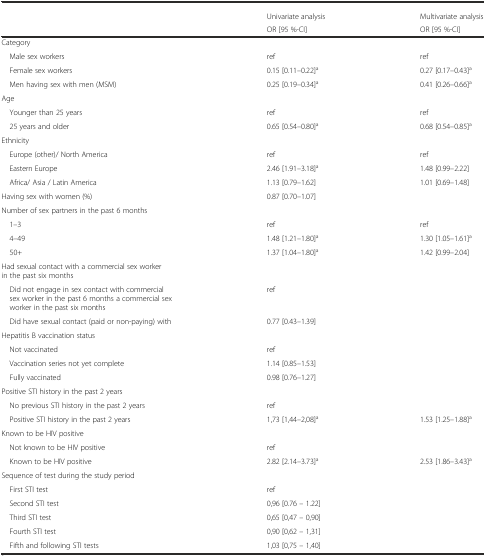
<table><thead><tr><td></td><td><b>Univariate analysis</b></td><td><b>Multivariate analysis</b></td></tr><tr><td></td><td><b>OR [95 %-CI]</b></td><td><b>OR [95 %-CI]</b></td></tr></thead><tbody><tr><td>Category</td><td></td><td></td></tr><tr><td> Male sex workers</td><td>ref</td><td>ref</td></tr><tr><td> Female sex workers</td><td>0.15 [0.11–0.22]<sup>a</sup></td><td>0.27 [0.17–0.43]<sup>a</sup></td></tr><tr><td> Men having sex with men (MSM)</td><td>0.25 [0.19–0.34]<sup>a</sup></td><td>0.41 [0.26–0.66]<sup>a</sup></td></tr><tr><td>Age</td><td></td><td></td></tr><tr><td> Younger than 25 years</td><td>ref</td><td>ref</td></tr><tr><td> 25 years and older</td><td>0.65 [0.54–0.80]<sup>a</sup></td><td>0.68 [0.54–0.85]<sup>a</sup></td></tr><tr><td>Ethnicity</td><td></td><td></td></tr><tr><td> Europe (other)/ North America</td><td>ref</td><td>ref</td></tr><tr><td> Eastern Europe</td><td>2.46 [1.91–3.18]<sup>a</sup></td><td>1.48 [0.99–2.22]</td></tr><tr><td> Africa/ Asia / Latin America</td><td>1.13 [0.79–1.62]</td><td>1.01 [0.69–1.48]</td></tr><tr><td>Having sex with women (%)</td><td>0.87 [0.70–1.07]</td><td></td></tr><tr><td>Number of sex partners in the past 6 months</td><td></td><td></td></tr><tr><td> 1–3</td><td>ref</td><td>ref</td></tr><tr><td> 4–49</td><td>1.48 [1.21–1.80]<sup>a</sup></td><td>1.30 [1.05–1.61]<sup>a</sup></td></tr><tr><td> 50+</td><td>1.37 [1.04–1.80]<sup>a</sup></td><td>1.42 [0.99–2.04]</td></tr><tr><td>Had sexual contact with a commercial sex worker in the past six months</td><td></td><td></td></tr><tr><td> Did not engage in sex contact with commercial sex worker in the past 6 months a commercial sex worker in the past six months</td><td>ref</td><td></td></tr><tr><td> Did have sexual contact (paid or non-paying) with</td><td>0.77 [0.43–1.39]</td><td></td></tr><tr><td>Hepatitis B vaccination status</td><td></td><td></td></tr><tr><td> Not vaccinated</td><td>ref</td><td></td></tr><tr><td> Vaccination series not yet complete</td><td>1.14 [0.85–1.53]</td><td></td></tr><tr><td> Fully vaccinated</td><td>0.98 [0.76–1.27]</td><td></td></tr><tr><td>Positive STI history in the past 2 years</td><td></td><td></td></tr><tr><td> No previous STI history in the past 2 years</td><td>ref</td><td></td></tr><tr><td> Positive STI history in the past 2 years</td><td>1,73 [1,44–2,08]<sup>a</sup></td><td>1.53 [1.25–1.88]<sup>a</sup></td></tr><tr><td>Known to be HIV positive</td><td></td><td></td></tr><tr><td> Not known to be HIV positive</td><td>ref</td><td></td></tr><tr><td> Known to be HIV positive</td><td>2.82 [2.14–3.73]<sup>a</sup></td><td>2.53 [1.86–3.43]<sup>a</sup></td></tr><tr><td>Sequence of test during the study period</td><td></td><td></td></tr><tr><td> First STI test</td><td>ref</td><td></td></tr><tr><td> Second STI test</td><td>0,96 [0.76 – 1.22]</td><td></td></tr><tr><td> Third STI test</td><td>0,65 [0,47 – 0,90]</td><td></td></tr><tr><td> Fourth STI test</td><td>0,90 [0,62 – 1,31]</td><td></td></tr><tr><td> Fifth and following STI tests</td><td>1,03 [0,75 – 1,40]</td><td></td></tr></tbody></table>